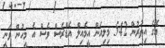
އޭގެ އިތުރުން 542 މިލިއަން އީމެއިލް އެޑްރެސް ވެސް އެ މީހުން ވަނީ